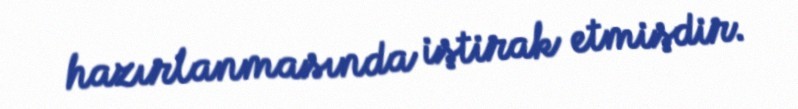
hazırlanmasında iştirak etmişdir.